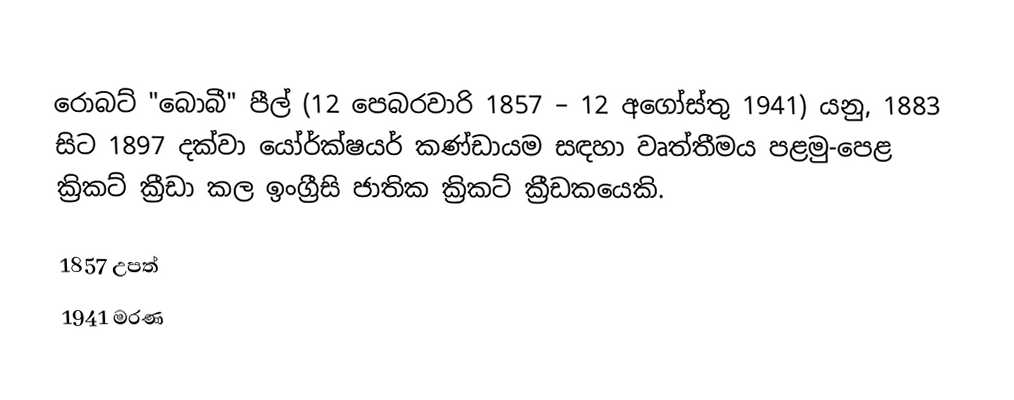
රොබට් "බොබී" පීල් (12 පෙබරවාරි 1857 – 12 අගෝස්තු 1941) යනු,  1883 සිට 1897 දක්වා යෝර්ක්ෂයර් කණ්ඩායම සඳහා වෘත්තීමය පළමු-පෙළ ක්‍රිකට් ක්‍රීඩා කල ඉංග්‍රීසි ජාතික  ක්‍රිකට් ක්‍රීඩකයෙකි.

1857 උපත්
1941 මරණ